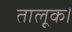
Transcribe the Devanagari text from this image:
तालूक।